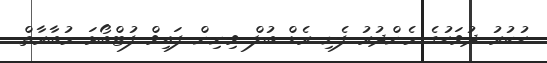
ހުކުރު ދުވަހުގެ މެންދުރު ފެށި ރެޑް ބުލް ވިނިން ފައިވް ފުޓްބޯޅަ މުބާރާތް